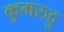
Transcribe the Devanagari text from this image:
कुमरुदु